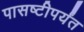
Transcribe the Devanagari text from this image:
पासष्टीपर्यंत